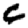
Digit: 6